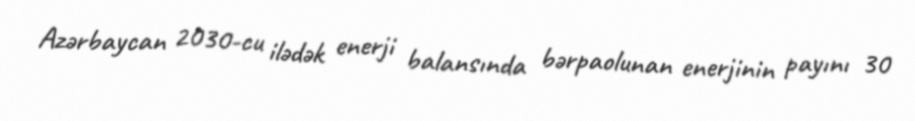
Azərbaycan 2030-cu ilədək enerji balansında bərpaolunan enerjinin payını 30